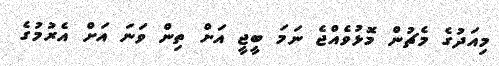
މިއަދުގެ މެޗުން މޮޅުވެއްޖެ ނަމަ ބީޖީ އަށް ތިން ވަނަ އަށް އެރުމުގެ